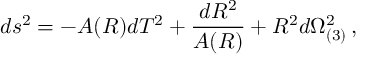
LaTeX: d s ^ { 2 } = - A ( R ) d T ^ { 2 } + { \frac { d R ^ { 2 } } { A ( R ) } } + R ^ { 2 } d \Omega _ { ( 3 ) } ^ { 2 } \, ,